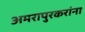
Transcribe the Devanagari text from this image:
अमरापुरकरांना